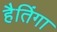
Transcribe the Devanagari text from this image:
हैतिंगा